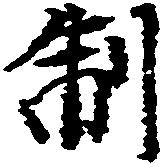
制